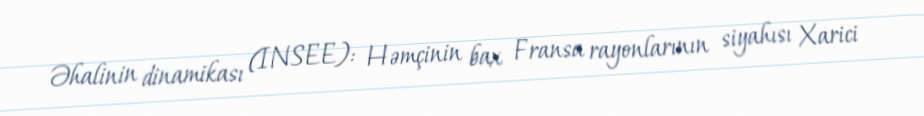
Əhalinin dinamikası (INSEE): Həmçinin bax Fransa rayonlarının siyahısı Xarici